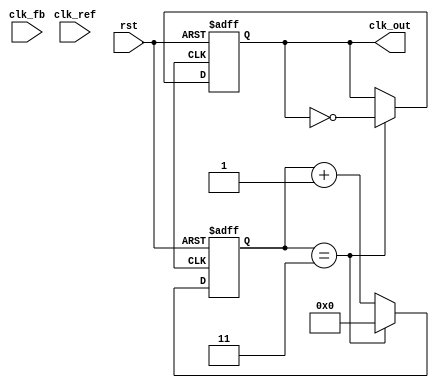
module CP_PLL (
    input wire clk_ref,          // Reference clock
    input wire clk_fb,           // Feedback clock from VCO
    input wire rst,              // Reset signal
    output wire clk_out          // Output clock
);

// Parameters
parameter DIV_RATIO = 4;       // Frequency division ratio
parameter CP_CURRENT = 1;       // Charge pump current (arbitrary units)
parameter VCO_MAX_FREQ = 100;   // Max VCO frequency (arbitrary units)

// PFD signals
reg up, down;
reg [1:0] state;

// Charge Pump signals
reg [7:0] charge, discharge;
reg [7:0] control_voltage;

// Loop Filter (simple first-order)
reg [7:0] loop_filter;

// VCO output
reg [7:0] vco_freq;
wire clk_vco;

// Frequency Divider
reg [3:0] divider_count;
reg clk_div;

// PFD Implementation
always @(posedge clk_ref or posedge rst) begin
    if (rst) begin
        state <= 2'b00;
        up <= 0;
        down <= 0;
    end else begin
        case (state)
            2'b00: if (clk_ref && !clk_fb) begin
                up <= 1; down <= 0; state <= 2'b01; // Reference is ahead
            end
            2'b01: if (!clk_ref && clk_fb) begin
                up <= 0; down <= 1; state <= 2'b10; // Feedback is ahead
            end
            2'b10: begin
                up <= 0; down <= 0; state <= 2'b00; // Reset state
            end
        endcase
    end
end

// Charge Pump Implementation
always @(posedge clk_ref or posedge rst) begin
    if (rst) begin
        charge <= 0;
        discharge <= 0;
    end else begin
        if (up) begin
            charge <= charge + CP_CURRENT; // Charge up
        end
        if (down) begin
            discharge <= discharge + CP_CURRENT; // Discharge
        end
    end
end

// Loop Filter Implementation
always @(posedge clk_ref or posedge rst) begin
    if (rst) begin
        loop_filter <= 0;
    end else begin
        loop_filter <= charge - discharge; // Simple filtering
    end
end

// VCO Implementation
always @(posedge clk_ref or posedge rst) begin
    if (rst) begin
        vco_freq <= 0;
    end else begin
        vco_freq <= loop_filter; // Control VCO frequency
    end
end

// Frequency Divider Implementation
always @(posedge clk_vco or posedge rst) begin
    if (rst) begin
        divider_count <= 0;
        clk_div <= 0;
    end else begin
        if (divider_count == DIV_RATIO - 1) begin
            clk_div <= ~clk_div; // Toggle output clock
            divider_count <= 0; // Reset count
        end else begin
            divider_count <= divider_count + 1; // Increment count
        end
    end
end

// Output clock from divider
assign clk_out = clk_div;

endmodule